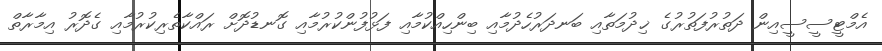
އެމްޓީސީސީއިން ދަތުރުފަތުރުގެ ޚިދުމަތާއި ބަނދަރުހެދުމާއި ބިންހިއްކުމާއި ފަޅުފުންކުރުމާއި ގޮނޑުދޮށް ރައްކާތެރިކުރުމާއި ގެދޮރު އިމާރާތް